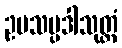
ဥပသမ္ပဒါသုတ္တံ